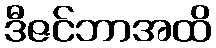
ဒီဇင်ဘာအထိ